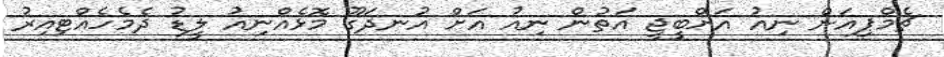
ޗެމްޕިއަން ނިއު އަށްބީޖީ އަތުން ނިއު އަށް އުނދަގޫ މޮޅެއްނިއު ލީޑު ދެމެހެއްޓިއިރު